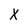
Character: X